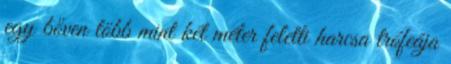
egy bőven több mint két méter feletti harcsa trófeája